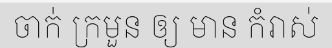
ចាក់ ក្រមួន ឲ្យ មាន កំរាស់